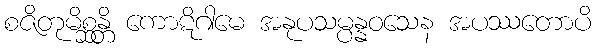
စဇိတုမိစ္ဆန္တိ ကောဋိဂါမေ အနုပသမ္ပန္နဝသေန အပဿတောပိ